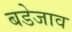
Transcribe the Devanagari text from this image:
बडेजाव